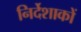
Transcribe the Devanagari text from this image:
निर्देशाकों